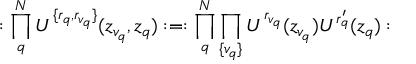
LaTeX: : \prod _ { q } ^ { N } U ^ { \{ r _ { q } , r _ { v _ { q } } \} } ( z _ { v _ { q } } , z _ { q } ) : = : \prod _ { q } ^ { N } \prod _ { \{ v _ { q } \} } U ^ { r _ { v _ { q } } } ( z _ { v _ { q } } ) U ^ { r _ { q } ^ { \prime } } ( z _ { q } ) :